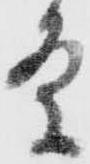
条